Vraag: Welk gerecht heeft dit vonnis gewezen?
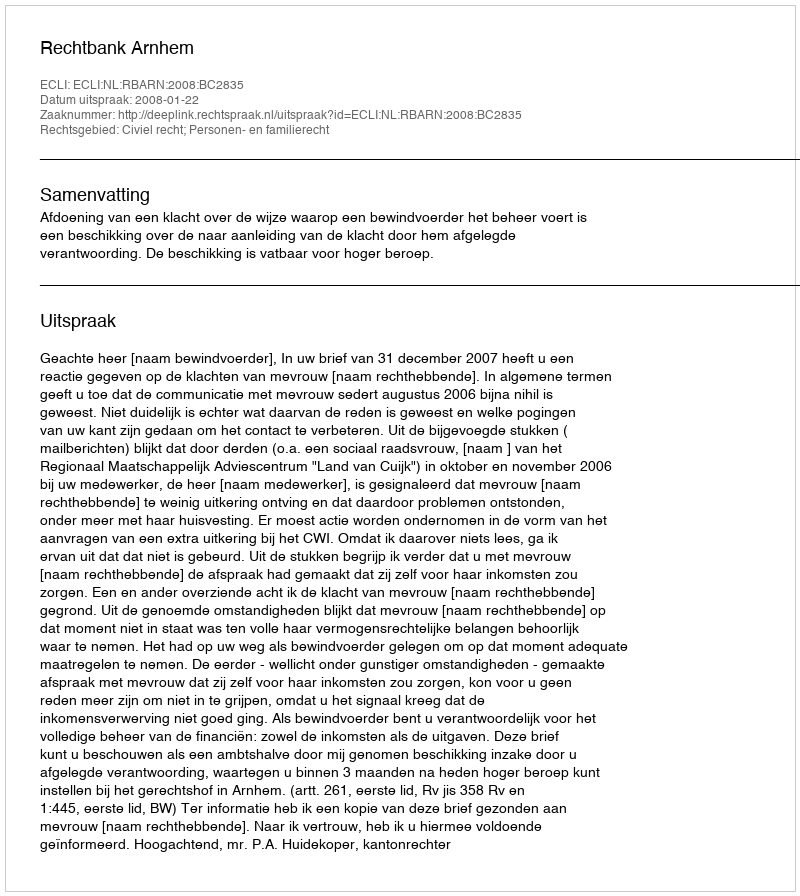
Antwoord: Rechtbank Arnhem